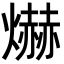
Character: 爀